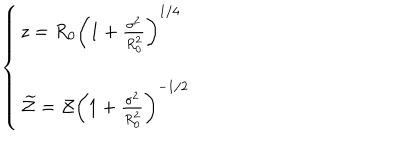
LaTeX: \left\{ \left\{ \begin{cases} { { z = R _ { 0 } \left( 1 + \frac { \sigma ^ { 2 } } { R _ { 0 } ^ { 2 } } \right) ^ { 1 / 4 } } } \\ { { \widetilde { \mathcal { Z } } = \mathcal { Z } \left( 1 + \frac { \sigma ^ { 2 } } { R _ { 0 } ^ { 2 } } \right) ^ { - 1 / 2 } } } \\ \end{cases} \right. \right.